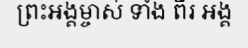
ព្រះអង្គម្ចាស់ ទាំង ពីរ អង្គ